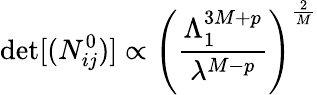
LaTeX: \operatorname*{det}[(N_{ij}^{0})]\propto\left({\frac{\Lambda_{1}^{3M+p}}{\lambda^{M-p}}}\right)^{\frac{2}{M}}